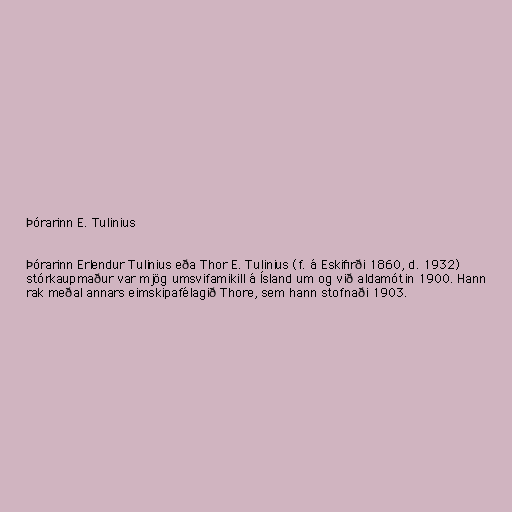
Þórarinn E. Tulinius

Þórarinn Erlendur Tulinius eða Thor E. Tulinius (f. á Eskifirði 1860, d. 1932)
stórkaupmaður var mjög umsvifamikill á Ísland um og við aldamótin 1900. Hann
rak meðal annars eimskipafélagið Thore, sem hann stofnaði 1903.